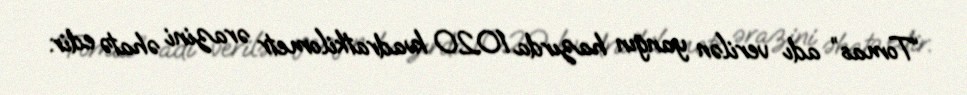
“Tomas” adı verilən yanğın hazırda 1020 kvadratkilometr ərazini əhatə edir.